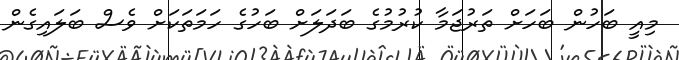
މިއީ ބަހުން ބަހަށް ތަރުޖަމާ ކުރުމުގެ ބަދަލަށް ބަހުގެ ހަމަތަކަށް ވެސް ބަލައިގެން